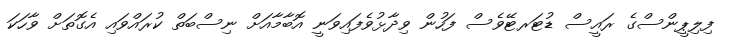
ފިލިޕީންސްގެ ރައީސް ޑުޓަރޓޭވެސް ފަހުން ވިދާޅުވެފައިވަނީ އޮބާމާއަށް ނިސްބަތް ކުރައްވައި އެގޮތަށް ވާހަކަ